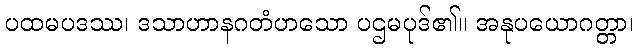
ပထမပဒဿ၊ ဒသာဟာနဂတံဟသော ပဌမပုဒ်၏။ အနုပယောဂတ္တာ၊